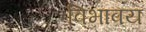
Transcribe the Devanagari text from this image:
विभावय